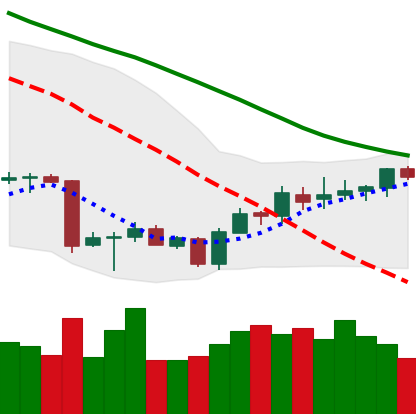
Ticker: BTC-USD
Chart end date: 2018-07-08
Forward return: -7.91%
Label: down_7plus